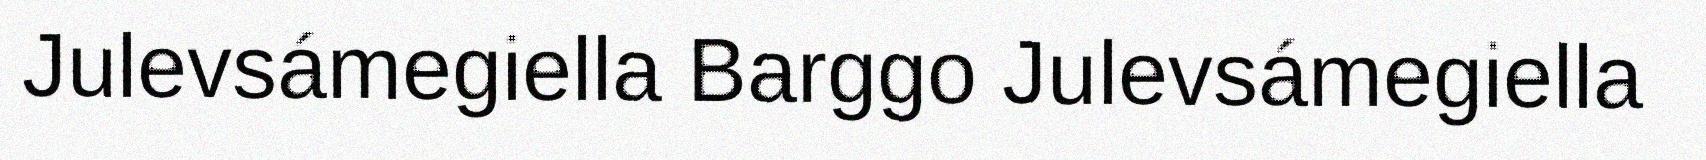
Julevsámegiella Barggo Julevsámegiella